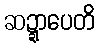
ဆဍ္ဍာပေတိ